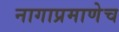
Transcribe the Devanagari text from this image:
नागाप्रमाणेच